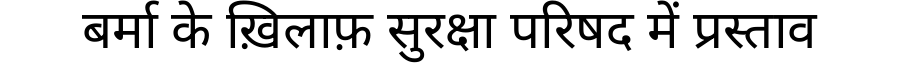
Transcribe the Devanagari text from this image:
बर्मा के ख़िलाफ़ सुरक्षा परिषद में प्रस्ताव